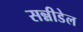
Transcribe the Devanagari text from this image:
सन्नीडेल